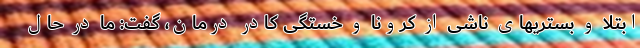
ابتلا و بستریهای ناشی از کرونا و خستگی کادر درمان، گفت: ما در حال